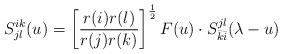
LaTeX: \begin{align*} S^{ik}_{jl}(u) = \left[ \frac{r(i)r(l)}{r(j)r(k)} \right]^{\frac{1}{2}} F(u) \cdot S^{jl}_{\bar{k}\bar{i}}(\lambda- u)\end{align*}